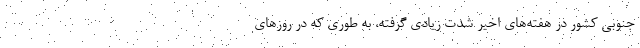
جنوبی کشور در هفته‌های اخیر شدت زیادی گرفته، به طوری که در روزهای